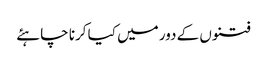
فتنوں کے دور میں کیا کرنا چاہئے